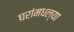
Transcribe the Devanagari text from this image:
घरांमधल्या